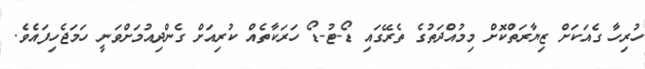
ހުރިހާ ގެއަކަށް ޒިޔާރަތްކޮށް މިމުއްދަތުގެ ތެރޭގައި ޑޯ-ޓު-ޑޯ ހަރަކާތެއް ކުރިއަށް ގެންދިއުމަށްވަނީ ހަމަޖެހިފައެވެ.